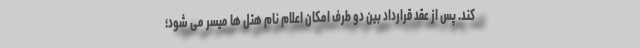
کند. پس از عقد قرارداد بین دو طرف امکان اعلام نام هتل ها میسر می شود؛